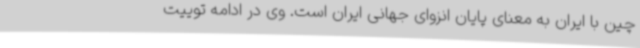
چین با ایران به معنای پایان انزوای جهانی ایران است. وی در ادامه توییت